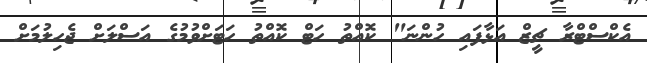
އެކްސްޓްރާ ޗީޒް އަޅާފައި ހުންނަ" ކޮއްތު ހަޓް ކޮއްތު ހަޓަށްވުމުގެ އަސްލަށް ޖެހިލުމަށް